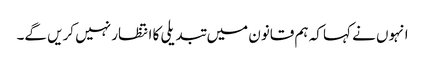
انہوں نے کہا کہ ہم قانون میں تبدیلی کا انتظار نہیں کریں گے۔